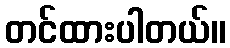
တင်ထားပါတယ်။